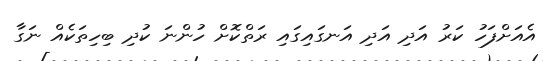
އެއަށްފަހު ކަރު އަދި އަދި އަނގައިގައި ރަތްކޮށް ހުންނަ ކުދި ބިހިތަކެއް ނަގާ